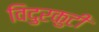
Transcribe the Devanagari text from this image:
विदुरकुटी